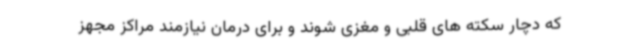
که دچار سکته های قلبی و مغزی شوند و برای درمان نیازمند مراکز مجهز